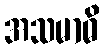
အသမာဓိ